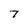
Character: 7